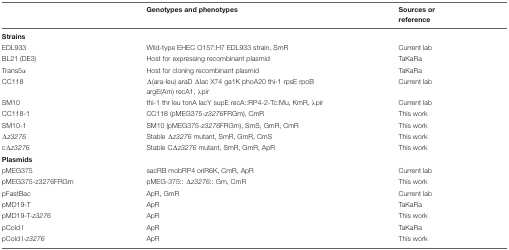
<table><thead><tr><td></td><td><b>Genotypes and phenotypes</b></td><td><b>Sources or reference</b></td></tr></thead><tbody><tr><td><b>Strains</b></td><td></td><td></td></tr><tr><td>EDL933</td><td>Wild-type EHEC O157:H7 EDL933 strain, SmR</td><td>Current lab</td></tr><tr><td>BL21 (DE3)</td><td>Host for expressing recombinant plasmid</td><td>TaKaRa</td></tr><tr><td>Trans5α</td><td>Host for cloning recombinant plasmid</td><td>TaKaRa</td></tr><tr><td>CC118</td><td>Δ(ara-leu) araD Δlac X74 ga1K phoA20 thi-1 rpsE rpoB argE(Am) recA1, λpir</td><td>Current lab</td></tr><tr><td>SM10</td><td>thi-1 thr leu tonA lacY supE recA::RP4-2-Tc:Mu, KmR, λpir</td><td>Current lab</td></tr><tr><td>CC118-1</td><td>CC118 (pMEG375-<i>z3276</i>FRGm), CmR</td><td>This work</td></tr><tr><td>SM10-1</td><td>SM10 (pMEG375-<i>z3276</i>FRGm), SmS, GmR, CmR</td><td>This work</td></tr><tr><td>Δ<i>z3276</i></td><td>Stable Δ<i>z3276</i> mutant, SmR, GmR, CmS</td><td>This work</td></tr><tr><td>cΔ<i>z3276</i></td><td>Stable CΔ<i>z3276</i> mutant, SmR, GmR, ApR</td><td>This work</td></tr><tr><td><b>Plasmids</b></td><td></td><td></td></tr><tr><td>pMEG375</td><td>sacRB mobRP4 oriR6K, CmR, ApR</td><td>Current lab</td></tr><tr><td>pMEG375-z3276FRGm</td><td>pMEG-375:: Δ<i>z3276</i>:: Gm, CmR</td><td>This work</td></tr><tr><td>pFastBac</td><td>ApR, GmR</td><td>Current lab</td></tr><tr><td>pMD19-T</td><td>ApR</td><td>TaKaRa</td></tr><tr><td>pMD19-T-<i>z3276</i></td><td>ApR</td><td>This work</td></tr><tr><td>pCold I</td><td>ApR</td><td>TaKaRa</td></tr><tr><td>pCold I-<i>z3276</i></td><td>ApR</td><td>This work</td></tr></tbody></table>